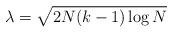
LaTeX: \begin{align*} \lambda =\sqrt{2N(k-1)\log N }\end{align*}